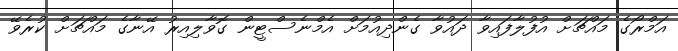
އަމްރޯގެ މައްޗަށް އުފުލާފައިވާ ދައުވާ ގެންދިއުމަށް އެމްނެސްޓީން ގޮވާލިއިރު އޭނާގެ މައްޗަށް ކުރެވޭ